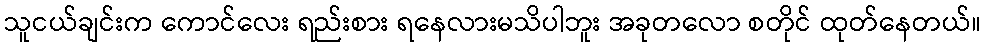
သူငယ်ချင်းက ကောင်လေး ရည်းစား ရနေလားမသိပါဘူး အခုတလော စတိုင် ထုတ်နေတယ်။